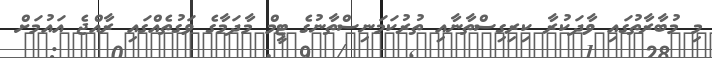
މި މުބާރާތުގައި ވާދަކުރާ ކިރިގިސްތާނާއި ތުރުކަމަނިސްތާނުގެ ޓީމް މާދަމާގެ ވަގުތެއްގައި ރާއްޖެ އައުމަށް